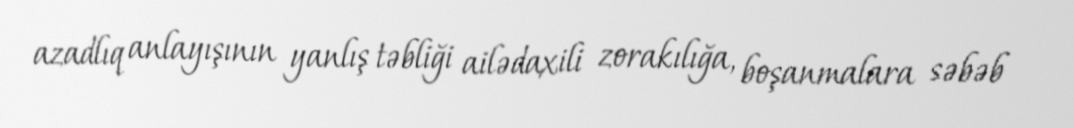
azadlıq anlayışının yanlış təbliği ailədaxili zorakılığa, boşanmalara səbəb